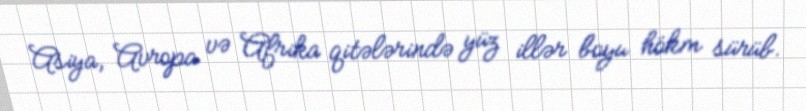
Asiya, Avropa və Afrika qitələrində yüz illər boyu hökm sürüb.